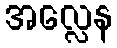
အလ္လေန